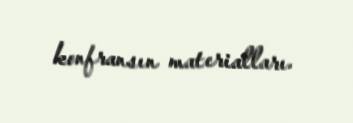
konfransın materialları.